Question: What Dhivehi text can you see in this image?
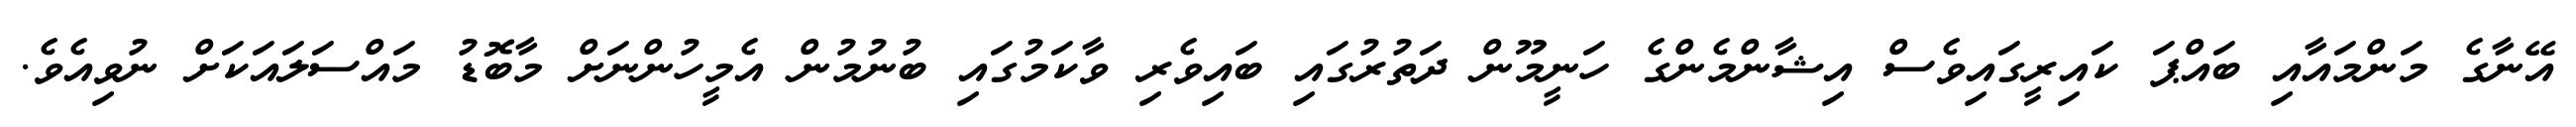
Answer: އޭނާގެ މަންމައާއި ބައްޕަ ކައިރީގައިވެސް އިޝާންމެންގެ ހަނީމޫން ދަތުރުގައި ބައިވެރި ވާކަމުގައި ބުނުމުން އެމީހުންނަށް މާބޮޑު މައްސަލައަކަށް ނުވިއެވެ.